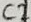
Text: C2